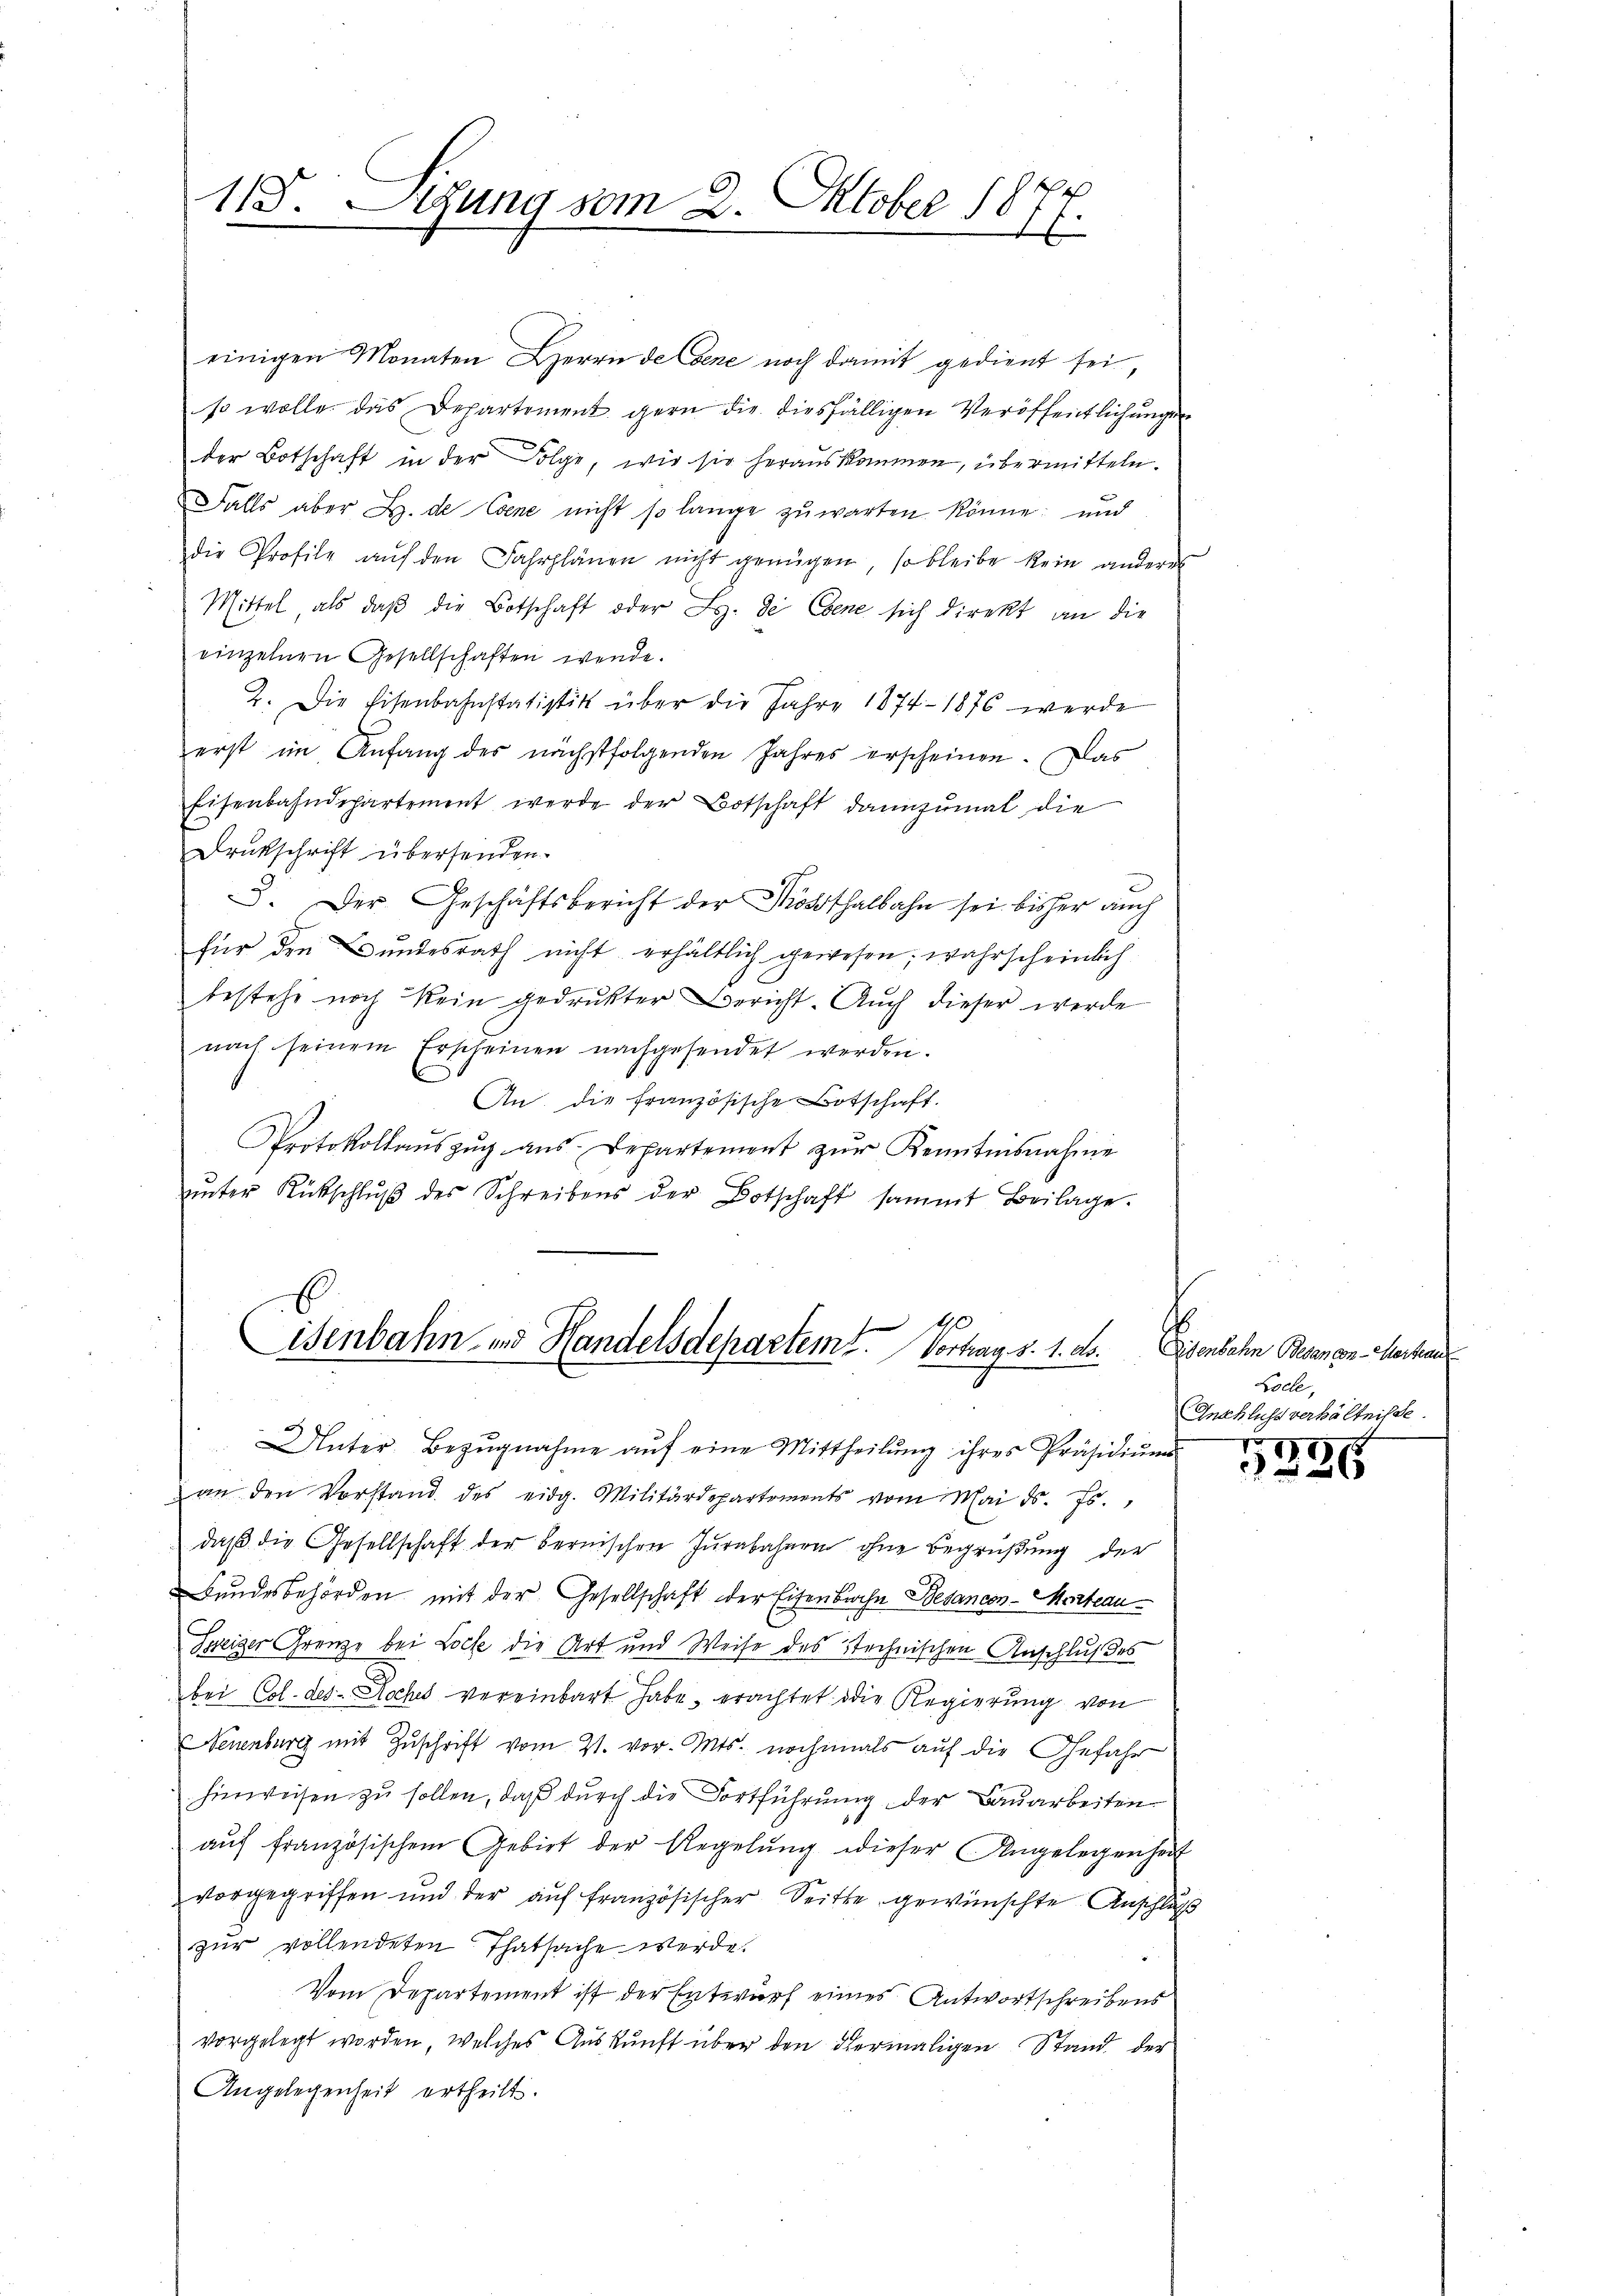
118. Sitzung vom 2. Oktober 1877.

einigen Monaten Herrn de Ebene noch damit gedient sei,
so wolle das Departement gern die diesfälligen Veröffentlichungen
der Botschaft in der Folge, wie sie herauskommen, übermitteln.
Falls aber B. de Cene nicht so lange zuwarten könne; und
die Profile aŭf den Fahrplänen nicht genügen, so bleibe kein anderes
Mittel als daβ die Botschaft oder L. de Ebene sich direkt an die
einzelnen Gesellschaften werde.
2. Die Eisenbahnstatistik über die Jahre 1874. 1876 werde
erst im Anfang des nächstfolgenden Jahres erscheinen. Das
Eisenbahndepartement werde der Botschaft dannzumal die
Drukschrift übersenden.
3. Der Geschäftsbericht der Kosthalbahn sei bisher auch
für den Bundesrath nicht erhältlich gewesen; wahrscheinlich
bestehe noch kein gedrukter Bericht. Auch dieser werde
nach seinem Erscheinen nachgesendet werden.
C
An die französische Botschaft.
Protokollaŭszŭg aŭs Departement zŭr Kenntnisnahme
ŭnter Rückschlŭβ des Schreibens der Botschaft sammt Beilage.

40
Eisenbahn- und Handelsdepartemt. Vortrag d. 1. ds.

Unter Bezŭgnahme aŭf eine Mittheilŭng ihres Präsidiŭm
an den Vorstand des eidg. Militärdepartements vom Mai d. Js.,
daß die Gesellschaft der Fernischen Jurabahnen ohne Begrüßung der
Bundesbehörden mit der Gesellschaft der Eisenbache Besancon-Morrteau¬
Beizer Grenze bei Loche die Art und Weise des Stechnischen Anschlußes
bei Col. des Loches vereinbart habe, erachtet die Regierung von
Neuenburg mit Zuschrift vom 21. vor. Mts. nochmals auf die Gefahr
hinweisen zu sollen, daß durch die Fortführung der Bauarbeiten
auf französischem Gebiet der Regelung dieser Angelegenheit
vorgegriffen und der aŭf französischer Seitte gewünschte Anschluß
zur vollendeten Thatsache werde.
Vom Departement ist der Entwurf eines Antwortschreibens
vorgelegt worden, welches Auskunft über den dermaligen Stand der
Angelegenheit ertheilt.

Eisenbahn Besan con - Marten
Locle,
Anschluss verhältnisse.

17 1891